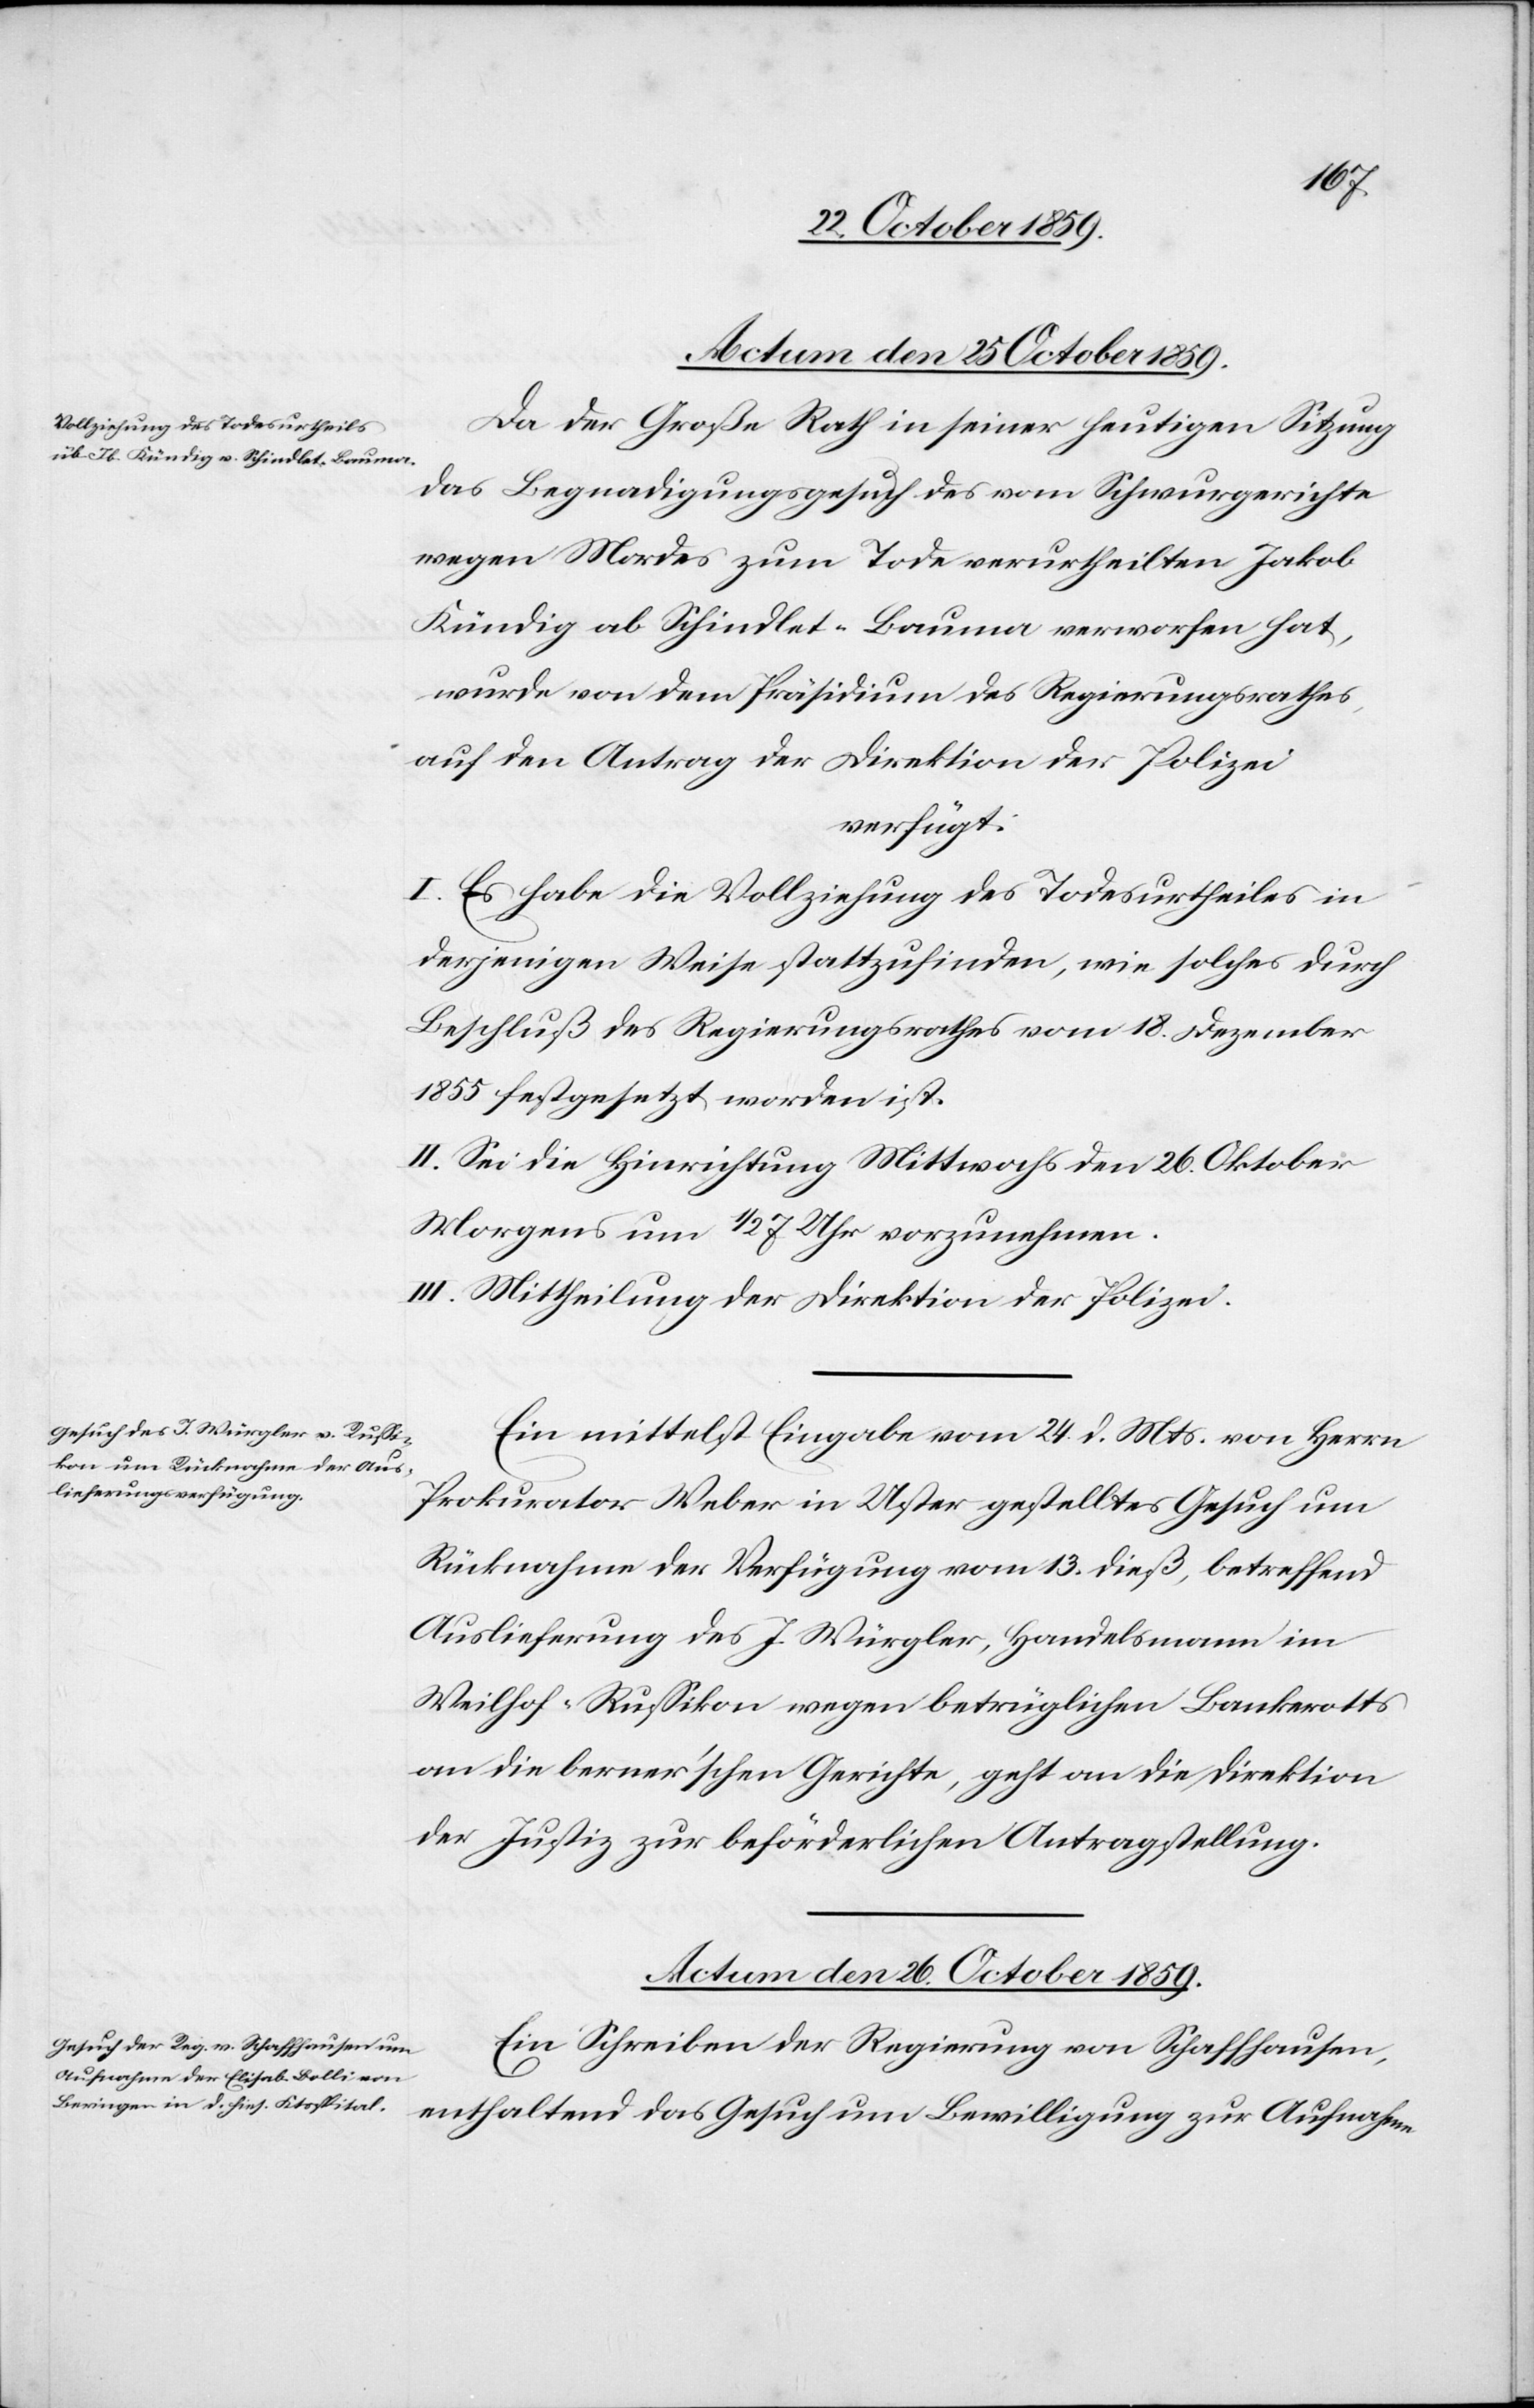
Da der Große Rath in seiner heutigen Sitzung
das Begnadigungsgesuch des vom Schwurgerichte
wegen Mordes zum Tode verurtheilten Jakob
Kündig ab Schindlet Bauma verworfen hat,
wurde von dem Präsidenten des Regierungsrathes,
auf den Antrag der Direktion der Polizei
verfügt:
I. Es habe die Vollziehung des Todesurtheils in
derjenigen Weise stattzufinden, wie solches durch
Beschluß des Regierungsrathes vom 18. Dezember
1855 festgesetzt worden ist.
II. Sei die Hinrichtung Mittwochs den 26. Oktober
morgens um 1/2 7 Uhr vorzunehmen.
III. Mittheilung der Direktion der Polizei.
Ein mittelst Eingabe vom 24. d. Mts. von Herrn
Prokurator Weber in Uster gestelltes Gesuch um
Rücknahme der Verfügung vom 13. dieß, betreffend
Auslieferung des J. Würgler, Handelsmann im
Weilhof Russikon wegen betrüglichen Bankrotts
an die berner’schen Gerichte, geht an die Direktion
der Justiz zur beförderlichen Antragstellung.
Actum den 26. October 1859.
Ein Schreiben der Regierung von Schaffhausen,
enthaltend das Gesuch um Bewilligung zur Aufnahme